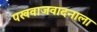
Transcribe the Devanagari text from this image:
पखवाजवादनाला